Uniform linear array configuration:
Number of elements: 48
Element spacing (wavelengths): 0.5
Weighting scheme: cosine
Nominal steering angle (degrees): -15
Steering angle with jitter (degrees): -16.492
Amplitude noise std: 0.05
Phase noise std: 0.05

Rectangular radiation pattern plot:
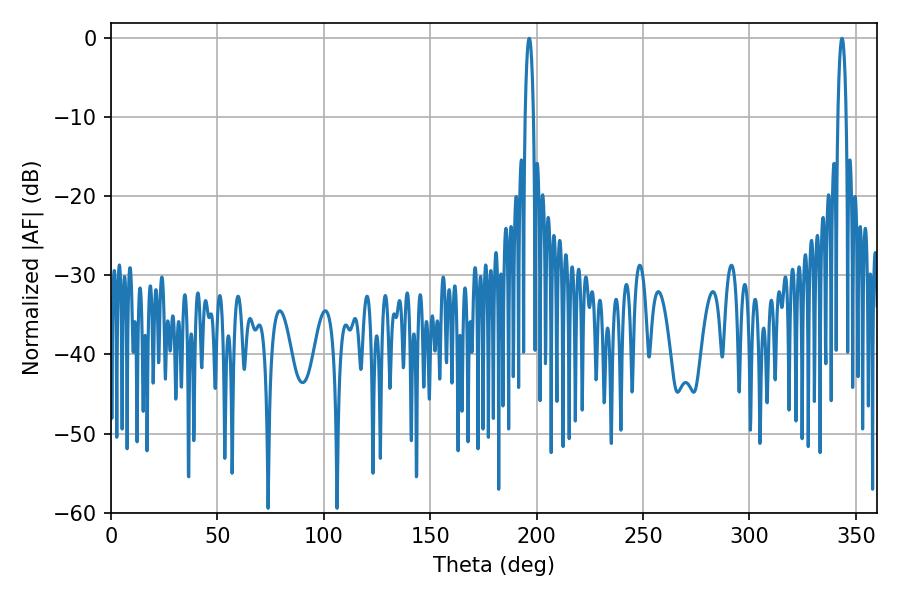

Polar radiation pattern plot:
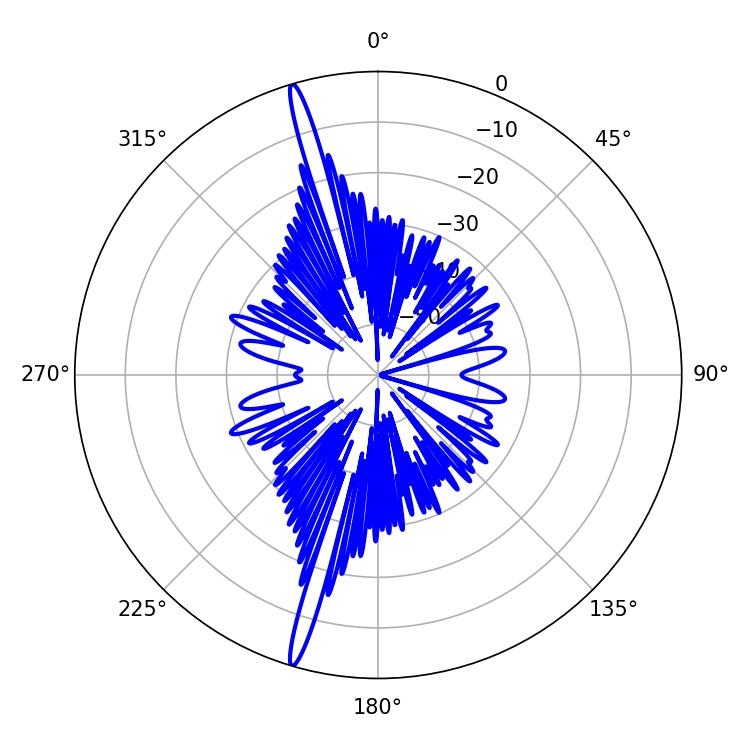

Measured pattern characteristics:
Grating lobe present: FALSE
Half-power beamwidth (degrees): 2.16
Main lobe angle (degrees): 196.56